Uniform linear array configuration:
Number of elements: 16
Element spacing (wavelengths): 0.75
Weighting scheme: binomial
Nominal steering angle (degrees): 30
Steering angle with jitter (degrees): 31.456
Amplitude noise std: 0.05
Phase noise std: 0.05

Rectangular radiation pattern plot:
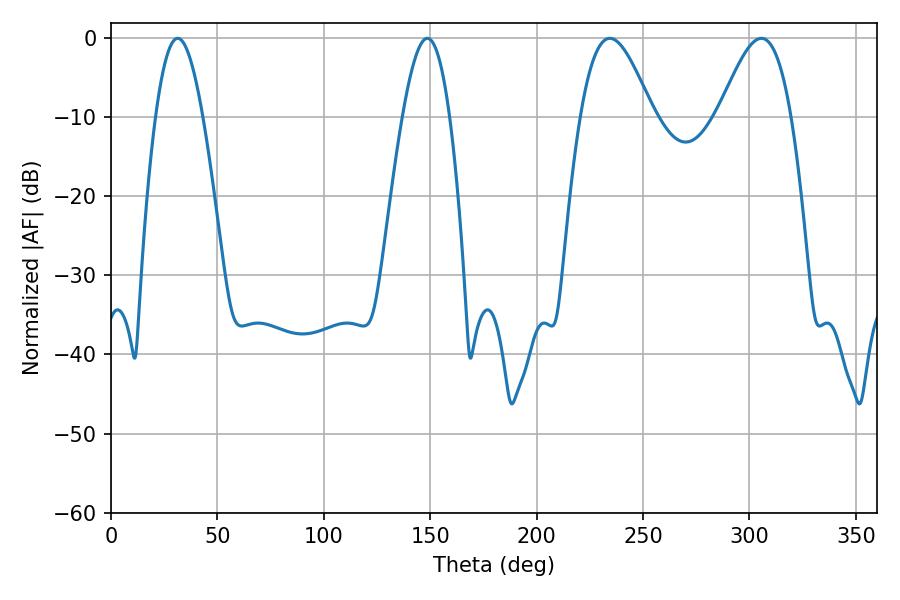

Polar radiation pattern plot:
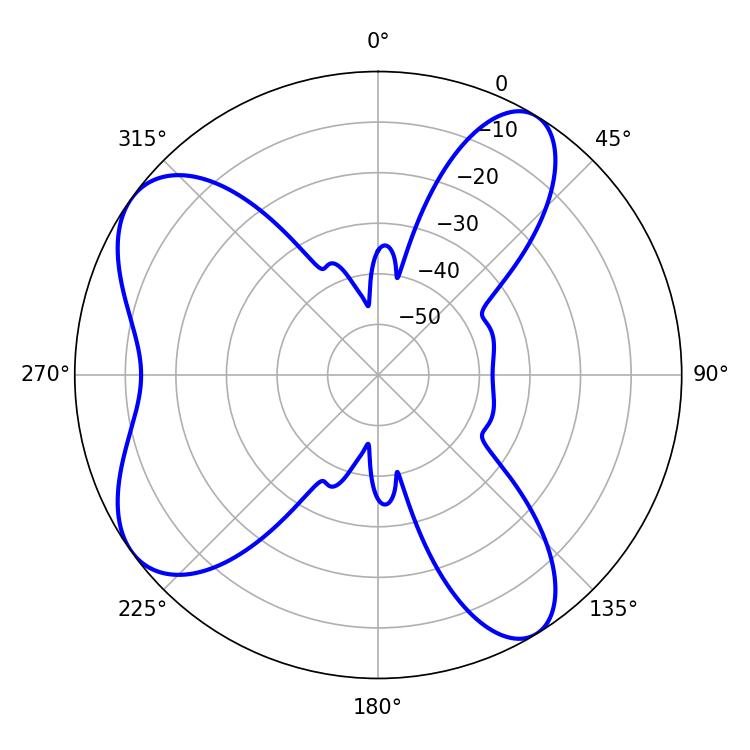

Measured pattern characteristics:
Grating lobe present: TRUE
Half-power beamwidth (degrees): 18.36
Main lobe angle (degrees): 234.36